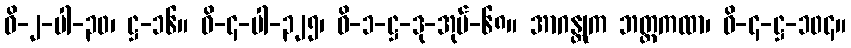
ဝိ-၂-ပါ-၃၀၊ ဋ္ဌ-၁၆။ ဝိ-၄-ပါ-၃၂၅၊ ဝိ-၁-ဋ္ဌ-ဒု-အုပ်-၆၈။ အာဂန္တုက ဘတ္တကထာ၊ ဝိ-၄-ဋ္ဌ-၁၀၄။